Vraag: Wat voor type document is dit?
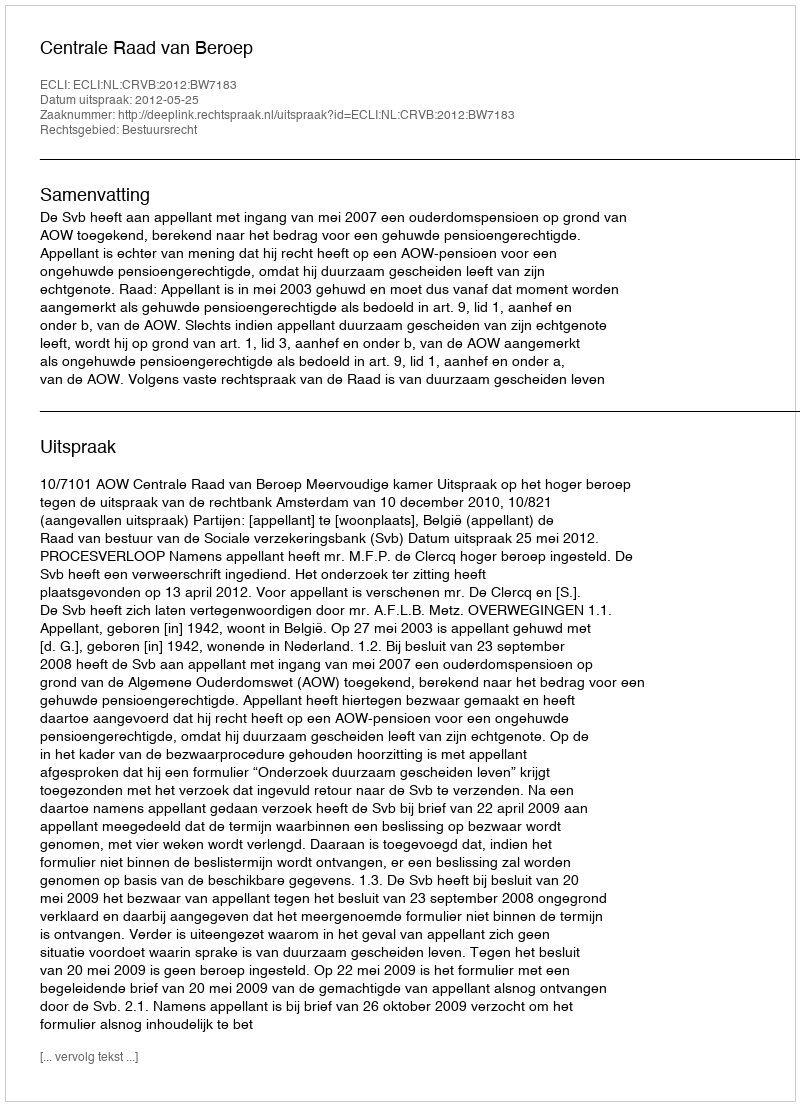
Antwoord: Uitspraak